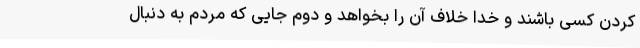
کردن کسی باشند و خدا خلاف آن را بخواهد و دوم جایی که مردم به دنبال